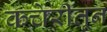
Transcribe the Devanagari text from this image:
कचेरीतून